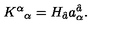
K ^ { \alpha } { } _ { \alpha } = H _ { \hat { a } } a _ { \alpha } ^ { \hat { a } } .